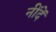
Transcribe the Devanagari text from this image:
नींदें